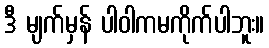
ဒီ မျက်မှန် ပါဝါကမကိုက်ပါဘူး။